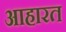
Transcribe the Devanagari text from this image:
आहारत